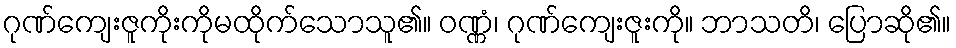
ဂုဏ်ကျေးဇူကိုးကိုမထိုက်သောသူ၏။ ဝဏ္ဏံ၊ ဂုဏ်ကျေးဇူးကို။ ဘာသတိ၊ ပြောဆို၏။